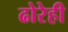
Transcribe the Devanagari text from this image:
ढोरेही